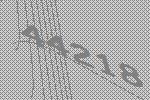
44218